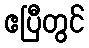
ဧပြီတွင်